Insane asylums in Bengal annual reports 1867-1875 - 1867-1875
Year: 1867
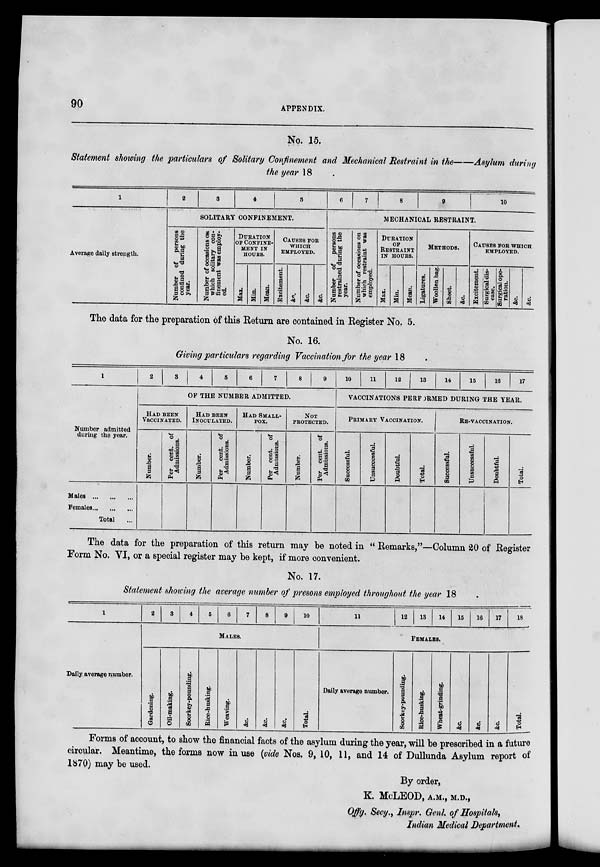
90
APPENDIX.
No. 15.
Statement showing the particulars of Solitary Confinement and Mechanical Restraint in the—Asylum during
the year 18
1
Average daily strength.
2
3
4
5
SOLITARY CONFINEMENT.
Number of persons
confined during the
year.
Number of occasions on
which solitary con-
finement was employ-
ed.
DURATION
OF CONFINE-
---- IN
HOURS.
Max.
Min.
Mean.
CAUSES FOR
WHICH
EMPLOYED.
Excitement.
&c.
&c.
&c.
6
7
8
9
10
MECHANICAL RESTRAINT.
Number of persons
restrained during the
year.
Number of occasions on
which restraint was
employed.
DURATION
OF
RESTRAINT
IN HOURS.
Max.
Min.
Mean.
METHODS.
Ligatures.
Woollen bag.
Sheet.
&c.
CAUSES FOR WHICH
EMPLOYED.
Excitement.
Surgical dis-
ease.
Surgical ope-
ration.
&c.
&c.
The data for the preparation of this Return are contained in Register No. 5.
No. 16.
Giving particulars regarding Vaccination for the year 18
1
Number admitted
during the year.
Males ... ... ...
Females ... ... ...
Total ...
2
3
4
5
6
7
8
9
OF THE NUMBER ADMITTED.
HAD BEEN
VACCINATED.
Number.
Per cent. of
Admissions.
HAD BEEN
INOCULATED.
Number.
Per cent. of
Admissions.
HAD SMALL-
---.
Number.
Per cent. of
Admissions.
Not
protected.
Number.
Per cent. of
Admissions.
10
11
12
13
14
15
16
17
VACCINATIONS PERFORMED DURING THE YEAR.
PRIMARY VACCINATION.
Successful.
Unsuccessful.
Doubtful
Total.
RE-VACCINATION.
Successful.
Unsuccessful.
Doubtful.
Total.
The data for the preparation of this return may be noted in " Remarks,"—Column 20 of Register
Form No. VI, or a special register may be kept, if more convenient.
No. 17.
Statement showing the average number of presons employed throughout the year 18
1
Daily average number.
2
3
4
5
6
7
8
9
10
MALES.
Gardening.
Oil-making.
Soorkey-pounding.
Rice-husking.
Weaving.
&c.
&c.
&c.
Total.
11
12
13
14
15
16
17
18
FEMALES.
Daily average number.
Soorkey-pounding.
Rice-husking.
Wheat-grinding.
&c
&c.
&c.
Total.
Forms of account, to show the financial facts of the asylum during the year, will be prescribed in a future
circular. Meantime, the forms now in use (vide Nos. 9, 10, 11, and 14 of Dullunda Asylum report of
1870) may be used.
By order,
K. McLEOD, A.M., M.D.,
Offg. Secy., Inspr. Genl. of Hospitals,
Indian Medical Department.